Annual statistical returns and brief notes on vaccination in Bengal - 1887-1898
Year: 1887
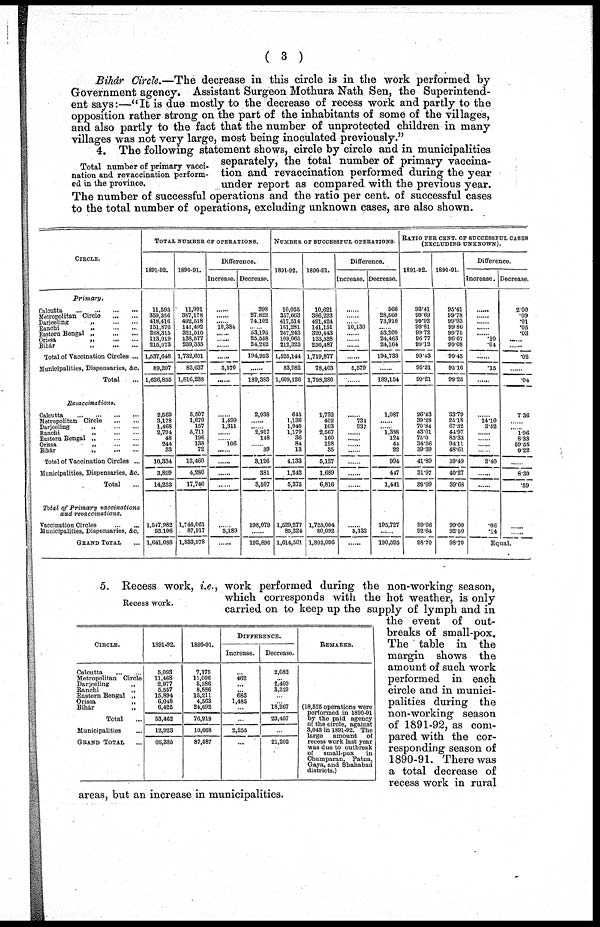
( 3 )
Bihâr Circle.—The decrease in this circle is in the work performed by
Government agency. Assistant Surgeon Mothura Nath Sen, the Superintend-
ent says:—"It is due mostly to the decrease of recess work and partly to the
opposition rather strong on the part of the inhabitants of some of the villages,
and also partly to the fact that the number of unprotected children in many
villages was not very large, most being inoculated previously."
Total number of primary vacci-
nation and revaccination perform-
ed in the province.
4. The following statement shows, circle by circle and in municipalities
separately, the total number of primary vaccina-
tion and revaccination performed during the year
under report as compared with the previous year.
The number of successful operations and the ratio per cent. of successful cases
to the total number of operations, excluding unknown cases, are also shown.
CIRCLE.
Primary.
Calcutta
...
...
...
...
Metropolitan Circle
...
...
Darjeeling „ ... ...
Ranchi
„
...
...
Eastern Bengal „
...
...
Orissa
„
...
...
Bihár
„
...
...
Total of Vaccination Circles ...
Municipalities, Dispensaries, &c.
Total ...
Revaccinations.
Calcutta
...
...
...
...
Metropolitan Circle ... ...
Darjeeling „ ... ...
Ranchi
„
...
...
Eastern Bengal „
...
...
Orissa „ ... ...
Bihár
„
...
...
Total of Vaccination Circles ...
Municipalities, Dispensaries, &c.
Total ...
Total of Primary
vaccinations
and revaccinations.
Vaccination Circles
...
...
Municipalities, Dispensaries, &c.
GRAND TOTAL ...
TOTAL NUMBER OF OPERATIONS.
1891-92.
11,593
359,356
418,416
151,876
268,315
113,019
215,073
1,537,648
89,207
1,626,855
2,569
3,178
1,468
2,794
48
244
33
10,334
3,899
14,233
1,547,982
93,106
1,641,088
1890-91.
11,991
387,178
492,518
141,492
321,510
138,577
239,335
1,732,601
83,637
1,816,238
5,507
1,679
157
5,711
196
138
72
13,460
4,280
17,740
1,746,061
87,917
1,833,978
Difference.
Increase.
......
......
......
10,384
......
......
......
......
5,570
......
......
1,499
1,311
......
......
106
......
......
......
......
......
5,189
......
Decrease.
398
27,822
74,102
......
53,195
25,558
24,262
194,953
......
189,383
2,938
......
......
2,917
148
......
39
3,126
381
3,507
198,079
......
192,890
NUMBER OF SUCCESSFUL OPERATIONS.
1891-92.
10,055
357,663
417,514
151,281
267,243
109,065
212,323
1,525,144
83,982
1,609,126
645
1,136
1,040
1,179
36
84
13
4,133
1,242
5,375
1,529,277
85,224
1,614,501
1890-91.
10,621
386,223
491,424
141,151
320,443
133,528
236,487
1,719,877
78,403
1,798,280
1,732
402
103
2,567
160
128
35
5,127
1,689
6,816
1,725,004
80,092
1,805,096
Difference.
Increase.
......
......
......
10,130
......
......
......
......
5,579
......
......
734
937
......
......
......
......
......
......
......
......
5,132
......
Decrease.
566
28,560
73,910
......
53,200
24,463
24,164
194,733
......
189,154
1,087
......
......
1,388
124
44
22
994
417
1,441
195,727
......
190,595
RATIO PER CENT. OF SUCCESSFUL CASES
(EXCLUDING UNKNOWN).
1891-92.
93.41
99.69
99.92
99.81
99.72
96.77
99.12
99.43
95.31
99.21
26.43
39.28
70.84
43.01
75.0
34.56
39.39
41.89
31.97
39.09
99.06
92.64
98.70
1890-91.
95.41
99.78
99.93
99.86
99.75
96.67
99.08
99.45
95.16
99.25
33.79
25.18
67.32
44.97
83.33
94.11
48.61
39.49
40.27
39.68
99.00
92.50
98.70
Difference.
Increase.
......
......
......
......
......
.10
.04
......
.15
......
......
14.10
3.52
......
......
......
......
2.40
......
......
.06
.14
Decrease.
2.00
.09
.01
.05
.03
......
......
.02
......
.04
7.36
......
......
1.96
8.33
59.55
9.22
......
8.30
.59
......
......
Equal.
Recess work.
CIRCLE.
Calcutta
...
...
Metropolitan Circle
Darjeeling
„
Ranchi
„
Eastern Bengal „
Orissa
„
Bihár
„
Total ...
Municipalities ...
GRAND TOTAL ...
1891,92.
5,093
11,468
2,977
5,557
15,894
6,048
6,425
53,462
12,923
66,385
1890-91.
7,175
11,006
5,386
8,886
15,211
4,563
24,692
76,919
10,668
87,587
DIFFERENCE.
Increase.
...
462
...
...
683
1,485
...
...
2,255
...
Decrease.
2,082
...
2,409
3,329
...
...
18,267
23,467
...
21,202
REMARKS.
(18,525 operations were
performed in 1890-91
by the paid agency
of the circle, against
3,043 in 1891-92. The
large amount of
recess work last year
was due to outbreak
of
small-pox
in
Champaran, Patna,
Gaya, and Shahabad
districts.)
5. Recess work, i.e., work performed during the non-working season,
which corresponds with the hot weather, is only
carried on to keep up the supply of lymph and in
the event of out-
breaks of small-pox.
The table in the
margin shows the
amount of such work
performed in each
circle and in munici-
palities during the
non-working season
of 1891-92, as com-
pared with the cor-
responding season of
1890-91. There was
a total decrease of
recess work in rural
areas, but an increase in municipalities.